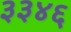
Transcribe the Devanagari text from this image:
३३४६